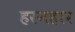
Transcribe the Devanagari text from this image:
हरनहार